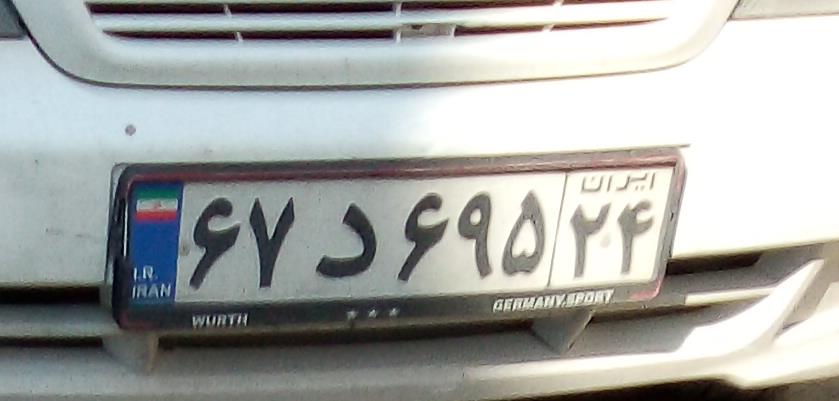
۶۷د۶۹۵۲۴